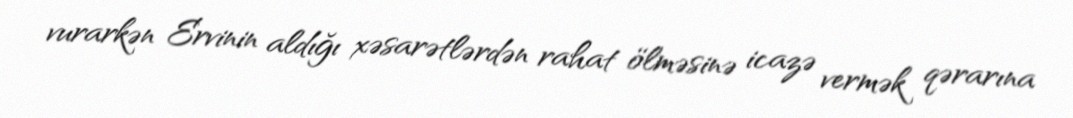
vurarkən Ervinin aldığı xəsarətlərdən rahat ölməsinə icazə vermək qərarına